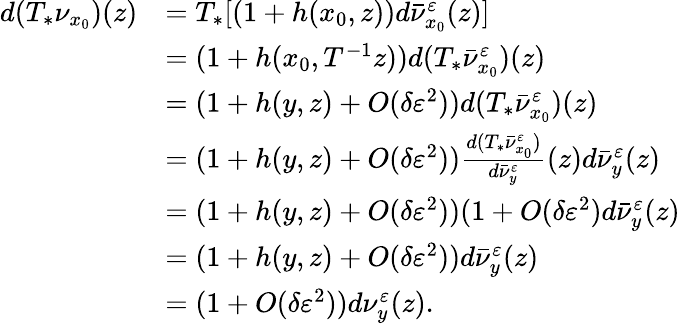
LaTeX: \begin{array}{rl}{d(T_{*}\nu_{x_{0}})(z)}&{=T_{*}[(1+h(x_{0},z))d\bar{\nu}_{x_{0}}^{\varepsilon}(z)]}\\ &{=(1+h(x_{0},T^{-1}z))d(T_{*}\bar{\nu}_{x_{0}}^{\varepsilon})(z)}\\ &{=(1+h(y,z)+O(\delta\varepsilon^{2}))d(T_{*}\bar{\nu}_{x_{0}}^{\varepsilon})(z)}\\ &{=(1+h(y,z)+O(\delta\varepsilon^{2}))\frac{d(T_{*}\bar{\nu}_{x_{0}}^{\varepsilon})}{d\bar{\nu}_{y}^{\varepsilon}}(z)d\bar{\nu}_{y}^{\varepsilon}(z)}\\ &{=(1+h(y,z)+O(\delta\varepsilon^{2}))(1+O(\delta\varepsilon^{2})d\bar{\nu}_{y}^{\varepsilon}(z)}\\ &{=(1+h(y,z)+O(\delta\varepsilon^{2}))d\bar{\nu}_{y}^{\varepsilon}(z)}\\ &{=(1+O(\delta\varepsilon^{2}))d\nu_{y}^{\varepsilon}(z).}\end{array}